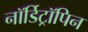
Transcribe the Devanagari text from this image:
नॉर्डिट्रॉपिन